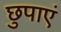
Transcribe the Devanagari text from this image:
छुपाएं